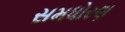
સમધોરણ